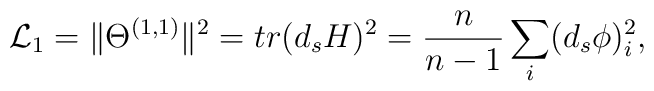
{\cal L}_{1} = \Vert\Theta^{(1, 1)}\Vert^{2} = tr(d_{s} H)^{2}        = \frac{n}{n-1} \sum_{i} (d_{s}\phi)^{2}_{i},